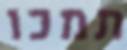
תמכו